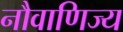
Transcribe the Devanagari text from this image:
नौवाणिज्य